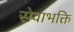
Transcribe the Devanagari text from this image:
सेवाभक्ति